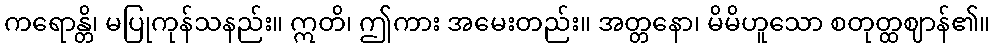
ကရောန္တိ၊ မပြုကုန်သနည်း။ ဣတိ၊ ဤကား အမေးတည်း။ အတ္တနော၊ မိမိဟူသော စတုတ္ထဈာန်၏။